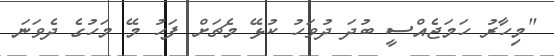
"މިހާރު ހަމަޖެއްސީ ބުދަ ދުވަހު ކުޅޭ މެޗަށް ފަހު މޭ މަހުގެ ދެވަނަ